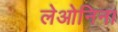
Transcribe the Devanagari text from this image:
लेओनिना